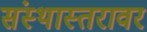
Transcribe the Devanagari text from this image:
संस्थास्तरावर